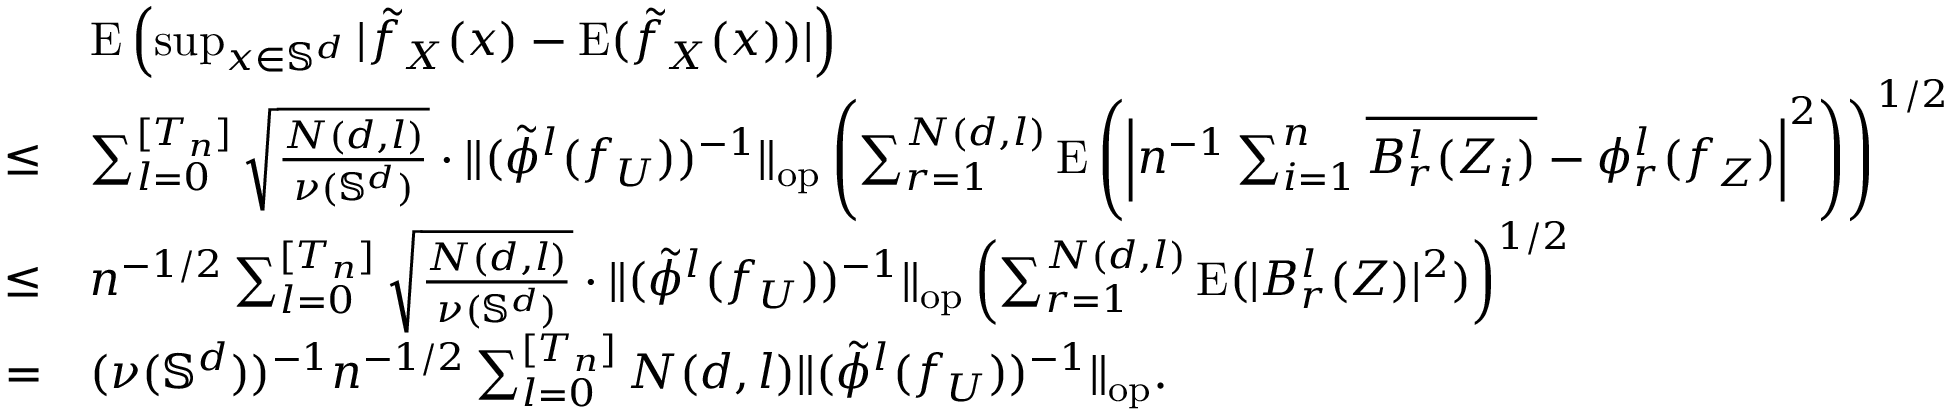
\begin{array} { r l } & { \mathrm { E } \left( \operatorname* { s u p } _ { x \in \mathbb { S } ^ { d } } | \tilde { f } _ { X } ( x ) - \mathrm { E } ( \tilde { f } _ { X } ( x ) ) | \right) } \\ { \leq } & { \sum _ { l = 0 } ^ { [ T _ { n } ] } \sqrt { \frac { N ( d , l ) } { \nu ( \mathbb { S } ^ { d } ) } } \cdot \| ( \tilde { \phi } ^ { l } ( f _ { U } ) ) ^ { - 1 } \| _ { \mathrm { o p } } \left( \sum _ { r = 1 } ^ { N ( d , l ) } \mathrm { E } \left( \left| n ^ { - 1 } \sum _ { i = 1 } ^ { n } \overline { { B _ { r } ^ { l } ( Z _ { i } ) } } - \phi _ { r } ^ { l } ( f _ { Z } ) \right| ^ { 2 } \right) \right) ^ { 1 / 2 } } \\ { \leq } & { n ^ { - 1 / 2 } \sum _ { l = 0 } ^ { [ T _ { n } ] } \sqrt { \frac { N ( d , l ) } { \nu ( \mathbb { S } ^ { d } ) } } \cdot \| ( \tilde { \phi } ^ { l } ( f _ { U } ) ) ^ { - 1 } \| _ { \mathrm { o p } } \left( \sum _ { r = 1 } ^ { N ( d , l ) } \mathrm { E } ( | B _ { r } ^ { l } ( Z ) | ^ { 2 } ) \right) ^ { 1 / 2 } } \\ { = } & { ( \nu ( \mathbb { S } ^ { d } ) ) ^ { - 1 } n ^ { - 1 / 2 } \sum _ { l = 0 } ^ { [ T _ { n } ] } N ( d , l ) \| ( \tilde { \phi } ^ { l } ( f _ { U } ) ) ^ { - 1 } \| _ { \mathrm { o p } } . } \end{array}